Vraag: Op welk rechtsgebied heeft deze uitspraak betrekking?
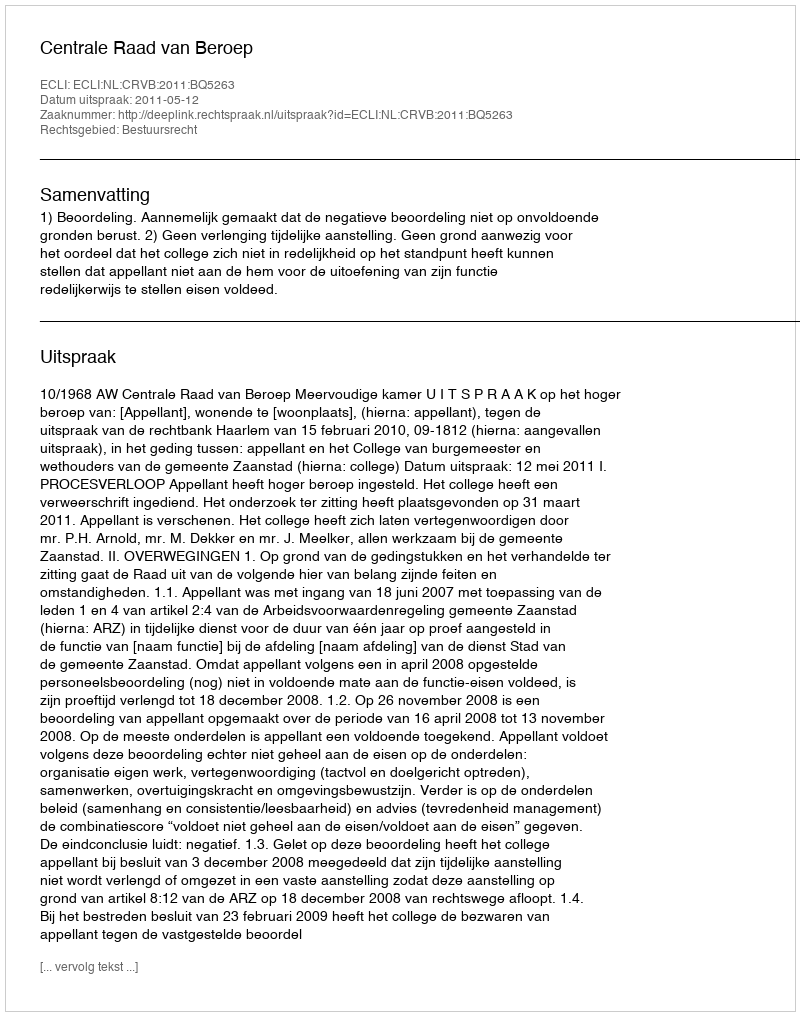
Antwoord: Bestuursrecht